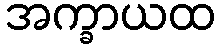
အက္ခာယထ